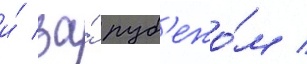
и́ за́ руб'ежо́м /